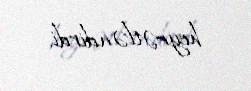
heyrətləndirdi.